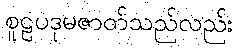
စူဠပဒုမဇာတ်သည်လည်း